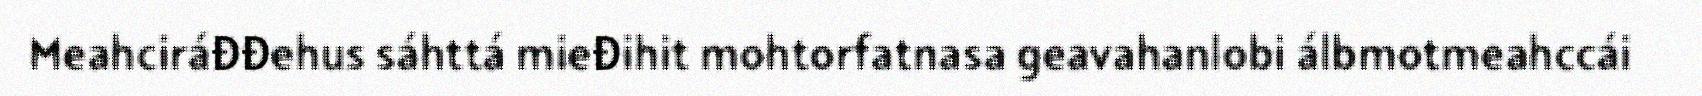
Meahciráđđehus sáhttá mieđihit mohtorfatnasa geavahanlobi álbmotmeahccái